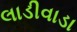
લાડીવાડા